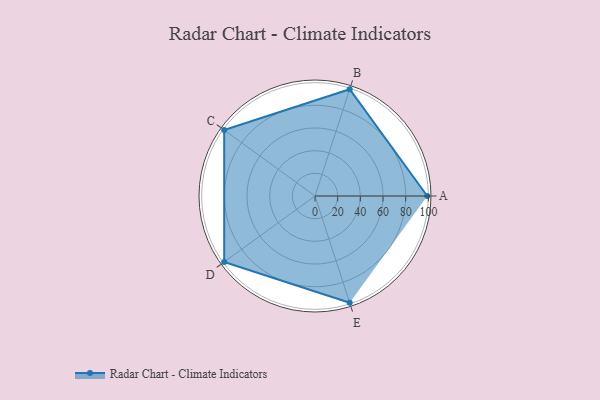
{"axis": {"x": "Skill", "y": "Score"}, "legend": ["Profile"], "data": [{"x": "A", "y": 99, "type": "Profile"}, {"x": "B", "y": 99, "type": "Profile"}, {"x": "C", "y": 99, "type": "Profile"}, {"x": "D", "y": 99, "type": "Profile"}, {"x": "E", "y": 99, "type": "Profile"}]}